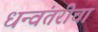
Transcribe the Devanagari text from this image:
धन्वंतरीचा